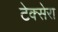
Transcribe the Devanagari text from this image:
टेक्सेरा